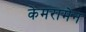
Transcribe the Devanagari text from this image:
केमरामेन